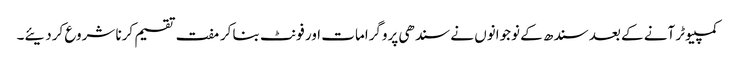
کمپیوٹر آنے کے بعد سندھ کے نوجوانوں نے سندھی پروگرامات اور فونٹ بنا کر مفت تقسیم کرنا شروع کردیئے۔